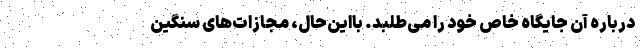
درباره آن جایگاه خاص خود را می‌طلبد. بااین‌حال، مجازات‌های سنگین